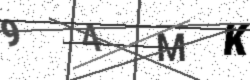
Text: 94MK